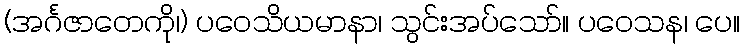
(အင်္ဂဇာတေကို၊) ပဝေသိယမာနာ၊ သွင်းအပ်သော်။ ပဝေသန၊ ပေ။